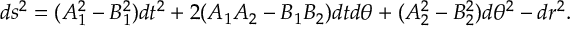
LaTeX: d s ^ { 2 } = ( A _ { 1 } ^ { 2 } - B _ { 1 } ^ { 2 } ) d t ^ { 2 } + 2 ( A _ { 1 } A _ { 2 } - B _ { 1 } B _ { 2 } ) d t d \theta + ( A _ { 2 } ^ { 2 } - B _ { 2 } ^ { 2 } ) d \theta ^ { 2 } - d r ^ { 2 } .